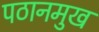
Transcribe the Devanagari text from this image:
पठानमुख